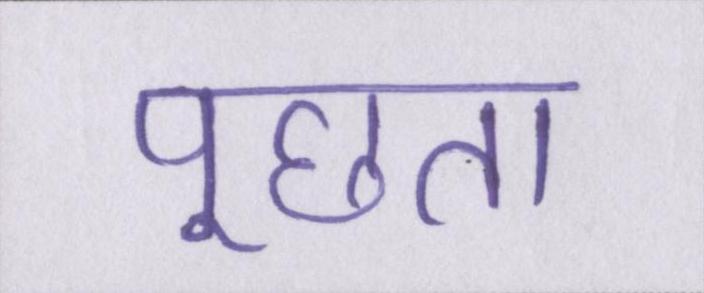
पूछता